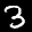
Label: 3